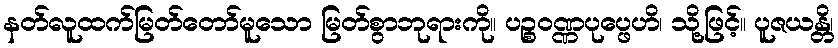
နတ်လူထက်မြတ်တော်မူသော မြတ်စွာဘုရားကို။ ပဉ္စဝဏ္ဏပုပ္ဖေဟိ၊ သို့ဖြင့်။ ပူဇယန္တိ၊